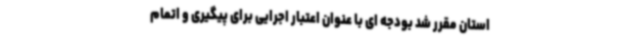
استان مقرر شد بودجه ای با عنوان اعتبار اجرایی برای پیگیری و اتمام